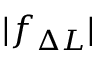
| f _ { \Delta L } |